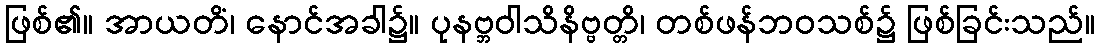
ဖြစ်၏။ အာယတိံ၊ နောင်အခါ၌။ ပုနဗ္ဘဝါသိနိဗ္ဗတ္တိ၊ တစ်ဖန်ဘဝသစ်၌ ဖြစ်ခြင်းသည်။